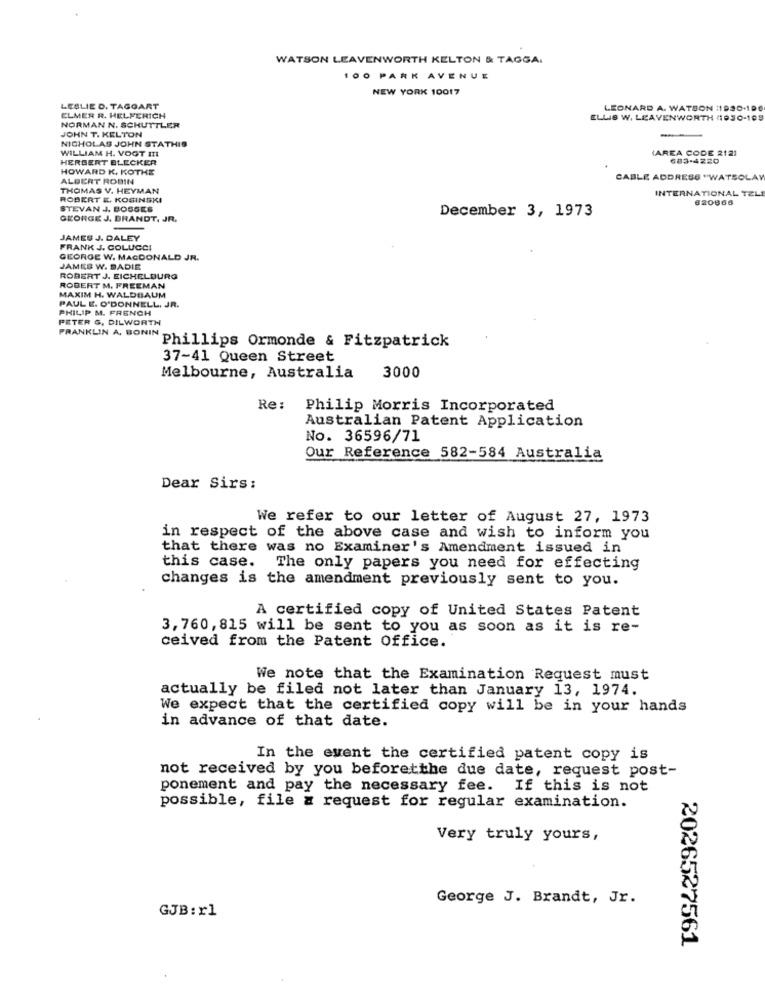
WATSON LEAVENWORTH KELTON & TAGGA.
100 PARK AVENUE
NEW YORK 10017
LESLIE D. TAGGART
LEONARD A. WATSON 11990-199
NORMAN N. SCHUTTLER
ELMER R. HELFERICH
ELLIS W. LEAVENWORTH (1930-109
JOHN T. KELTON
NICHOLAS JOHN STATHIS
WILLIAM H. VOGT III
(AREA CODE 2121
HERBERT ELECKER
683-4220
HOWARD K. KOTHE
ALBERT ROBIN
CABLE ADDRESS "WATSOLAW
THOMAS V. HEYMAN
INTERNATIONAL TELE
ROBERT E. KOSINSKI
820866
STEVAN J. BOSSES
December 3, 1973
GEORGE J. BRANDT, JR.
JAMES J. DALEY
FRANK J. COLUCCI
GEORGE W. MACDONALD JR.
JAMES W. DADIE
ROBERT J. EICHELDURO
ROBERT M. FREEMAN
MAXIM H. WALDBAUM
PAUL E. O'DONNELL, JR.
PHILIP M. FRENCH
PETER G. DILWORTH
PRANKLIN A. BONIN
Phillips Ormonde & Fitzpatrick
37-41 Queen Street
Melbourne, Australia
3000
Re :
Philip Morris Incorporated
Australian Patent Application
No. 36596/71
Our Reference 582-584 Australia
Dear Sirs:
We refer to our letter of August 27, 1973
in respect of the above case and wish to inform you
that there was no Examiner's Amendment issued in
this case. The only papers you need for effecting
changes is the amendment previously sent to you.
A certified copy of United States Patent
3, 760, 815 will be sent to you as soon as it is re-
ceived from the Patent Office.
We note that the Examination Request must
actually be filed not later than January 13, 1974.
We expect that the certified copy will be in your hands
in advance of that date.
In the event the certified patent copy is
not received by you beforetthe due date, request post-
ponement and pay the necessary fee. If this is not
possible, file a request for regular examination.
Very truly yours,
George J. Brandt, Jr.
GJB: r1
2026527561